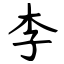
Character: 李